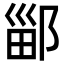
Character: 䣎